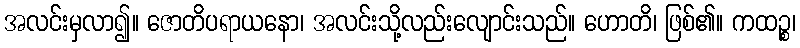
အလင်းမှလာ၍။ ဇောတိပရာယနော၊ အလင်းသို့လည်းလျောင်းသည်။ ဟောတိ၊ ဖြစ်၏။ ကထဉ္စ၊